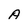
Character: A